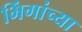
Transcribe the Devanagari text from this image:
भिंगांच्या